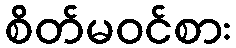
စိတ်မဝင်စား